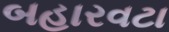
બહારવટા